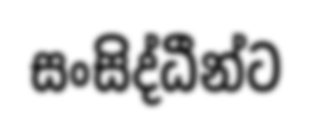
සංසිද්ධීන්ට